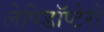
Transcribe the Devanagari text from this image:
लेपिडॉप्टेरों